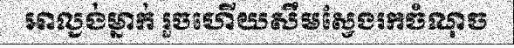
អាល្ងង់ម្នាក់ រួចហើយសឹមស្វែងរកចំណុច